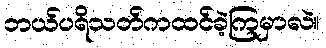
ဘယ်ပရိသတ်ကထင်ခဲ့ကြမှာလဲ။